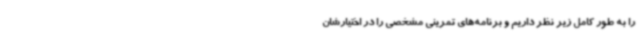
را به طور کامل زیر نظر داریم و برنامه‌های تمرینی مشخصی را در اختیارشان